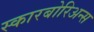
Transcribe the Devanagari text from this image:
स्कारबोरिअन्स